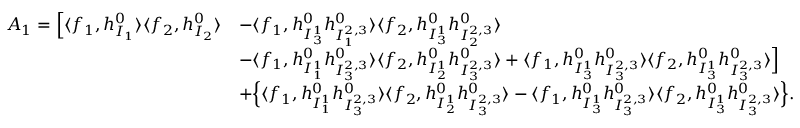
\begin{array} { r l } { A _ { 1 } = \Big [ \langle f _ { 1 } , h _ { I _ { 1 } } ^ { 0 } \rangle \langle f _ { 2 } , h _ { I _ { 2 } } ^ { 0 } \rangle } & { - \langle f _ { 1 } , h _ { I _ { 3 } ^ { 1 } } ^ { 0 } h _ { I _ { 1 } ^ { 2 , 3 } } ^ { 0 } \rangle \langle f _ { 2 } , h _ { I _ { 3 } ^ { 1 } } ^ { 0 } h _ { I _ { 2 } ^ { 2 , 3 } } ^ { 0 } \rangle } \\ & { - \langle f _ { 1 } , h _ { I _ { 1 } ^ { 1 } } ^ { 0 } h _ { I _ { 3 } ^ { 2 , 3 } } ^ { 0 } \rangle \langle f _ { 2 } , h _ { I _ { 2 } ^ { 1 } } ^ { 0 } h _ { I _ { 3 } ^ { 2 , 3 } } ^ { 0 } \rangle + \langle f _ { 1 } , h _ { I _ { 3 } ^ { 1 } } ^ { 0 } h _ { I _ { 3 } ^ { 2 , 3 } } ^ { 0 } \rangle \langle f _ { 2 } , h _ { I _ { 3 } ^ { 1 } } ^ { 0 } h _ { I _ { 3 } ^ { 2 , 3 } } ^ { 0 } \rangle \Big ] } \\ & { + \Big \{ \langle f _ { 1 } , h _ { I _ { 1 } ^ { 1 } } ^ { 0 } h _ { I _ { 3 } ^ { 2 , 3 } } ^ { 0 } \rangle \langle f _ { 2 } , h _ { I _ { 2 } ^ { 1 } } ^ { 0 } h _ { I _ { 3 } ^ { 2 , 3 } } ^ { 0 } \rangle - \langle f _ { 1 } , h _ { I _ { 3 } ^ { 1 } } ^ { 0 } h _ { I _ { 3 } ^ { 2 , 3 } } ^ { 0 } \rangle \langle f _ { 2 } , h _ { I _ { 3 } ^ { 1 } } ^ { 0 } h _ { I _ { 3 } ^ { 2 , 3 } } ^ { 0 } \rangle \Big \} . } \end{array}